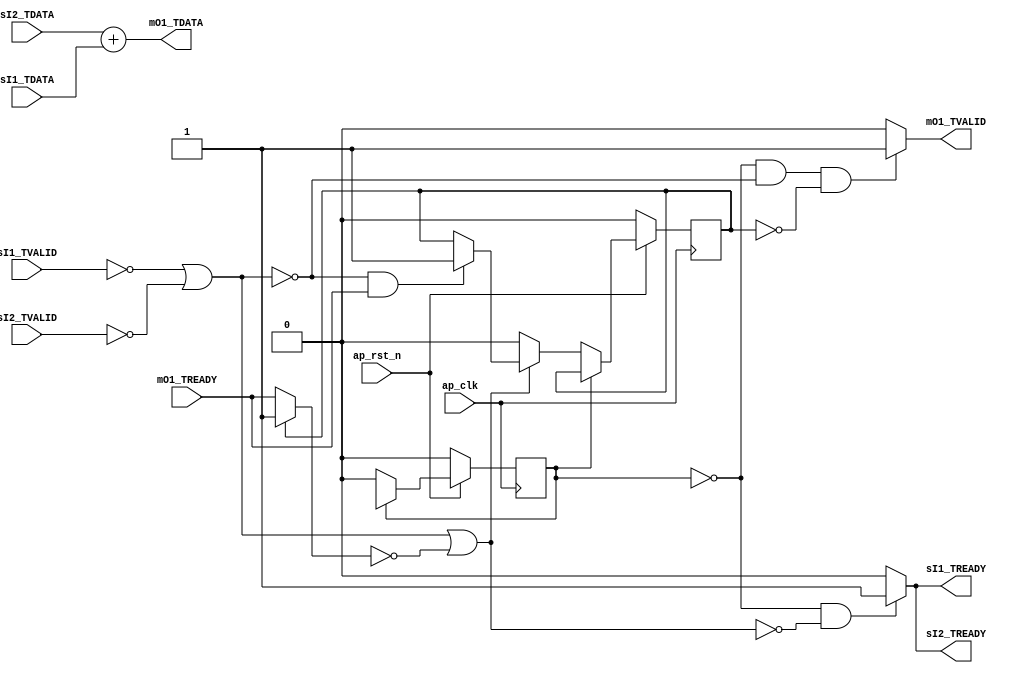
module acc_vadd (
        ap_clk,
        ap_rst_n,
        sI1_TDATA,
        sI1_TVALID,
        sI1_TREADY,
        sI2_TDATA,
        sI2_TVALID,
        sI2_TREADY,
        mO1_TDATA,
        mO1_TVALID,
        mO1_TREADY
);

parameter    ap_const_logic_1 = 1'b1;
parameter    ap_const_logic_0 = 1'b0;
parameter    ap_ST_st1_fsm_0 = 1'b0;
parameter    ap_true = 1'b1;

input   ap_clk;
input   ap_rst_n;
input  [31:0] sI1_TDATA;
input   sI1_TVALID;
output   sI1_TREADY;
input  [31:0] sI2_TDATA;
input   sI2_TVALID;
output   sI2_TREADY;
output  [31:0] mO1_TDATA;
output   mO1_TVALID;
input   mO1_TREADY;

reg sI1_TREADY;
reg sI2_TREADY;
reg mO1_TVALID;
reg   [0:0] ap_CS_fsm = 1'b0;
reg    ap_sig_bdd_23;
reg    ap_sig_ioackin_mO1_TREADY;
reg    ap_reg_ioackin_mO1_TREADY = 1'b0;
reg   [0:0] ap_NS_fsm;
reg    ap_sig_bdd_48;




/// the current state (ap_CS_fsm) of the state machine. ///
always @ (posedge ap_clk)
begin : ap_ret_ap_CS_fsm
    if (ap_rst_n == 1'b0) begin
        ap_CS_fsm <= ap_ST_st1_fsm_0;
    end else begin
        ap_CS_fsm <= ap_NS_fsm;
    end
end

/// ap_reg_ioackin_mO1_TREADY assign process. ///
always @ (posedge ap_clk)
begin : ap_ret_ap_reg_ioackin_mO1_TREADY
    if (ap_rst_n == 1'b0) begin
        ap_reg_ioackin_mO1_TREADY <= ap_const_logic_0;
    end else begin
        if ((ap_ST_st1_fsm_0 == ap_CS_fsm)) begin
            if (~(ap_sig_bdd_23 | (ap_const_logic_0 == ap_sig_ioackin_mO1_TREADY))) begin
                ap_reg_ioackin_mO1_TREADY <= ap_const_logic_0;
            end else if (ap_sig_bdd_48) begin
                ap_reg_ioackin_mO1_TREADY <= ap_const_logic_1;
            end
        end
    end
end

/// ap_sig_ioackin_mO1_TREADY assign process. ///
always @ (mO1_TREADY or ap_reg_ioackin_mO1_TREADY)
begin
    if ((ap_const_logic_0 == ap_reg_ioackin_mO1_TREADY)) begin
        ap_sig_ioackin_mO1_TREADY = mO1_TREADY;
    end else begin
        ap_sig_ioackin_mO1_TREADY = ap_const_logic_1;
    end
end

/// mO1_TVALID assign process. ///
always @ (ap_CS_fsm or ap_sig_bdd_23 or ap_reg_ioackin_mO1_TREADY)
begin
    if (((ap_ST_st1_fsm_0 == ap_CS_fsm) & ~ap_sig_bdd_23 & (ap_const_logic_0 == ap_reg_ioackin_mO1_TREADY))) begin
        mO1_TVALID = ap_const_logic_1;
    end else begin
        mO1_TVALID = ap_const_logic_0;
    end
end

/// sI1_TREADY assign process. ///
always @ (ap_CS_fsm or ap_sig_bdd_23 or ap_sig_ioackin_mO1_TREADY)
begin
    if (((ap_ST_st1_fsm_0 == ap_CS_fsm) & ~(ap_sig_bdd_23 | (ap_const_logic_0 == ap_sig_ioackin_mO1_TREADY)))) begin
        sI1_TREADY = ap_const_logic_1;
    end else begin
        sI1_TREADY = ap_const_logic_0;
    end
end

/// sI2_TREADY assign process. ///
always @ (ap_CS_fsm or ap_sig_bdd_23 or ap_sig_ioackin_mO1_TREADY)
begin
    if (((ap_ST_st1_fsm_0 == ap_CS_fsm) & ~(ap_sig_bdd_23 | (ap_const_logic_0 == ap_sig_ioackin_mO1_TREADY)))) begin
        sI2_TREADY = ap_const_logic_1;
    end else begin
        sI2_TREADY = ap_const_logic_0;
    end
end
/// the next state (ap_NS_fsm) of the state machine. ///
always @ (ap_CS_fsm or ap_sig_bdd_23 or ap_sig_ioackin_mO1_TREADY)
begin
    case (ap_CS_fsm)
        ap_ST_st1_fsm_0 : 
        begin
            ap_NS_fsm = ap_ST_st1_fsm_0;
        end
        default : 
        begin
            ap_NS_fsm = 'bx;
        end
    endcase
end


/// ap_sig_bdd_23 assign process. ///
always @ (sI1_TVALID or sI2_TVALID)
begin
    ap_sig_bdd_23 = ((sI1_TVALID == ap_const_logic_0) | (sI2_TVALID == ap_const_logic_0));
end

/// ap_sig_bdd_48 assign process. ///
always @ (mO1_TREADY or ap_sig_bdd_23)
begin
    ap_sig_bdd_48 = (~ap_sig_bdd_23 & (ap_const_logic_1 == mO1_TREADY));
end
assign mO1_TDATA = (sI2_TDATA + sI1_TDATA);


endmodule